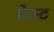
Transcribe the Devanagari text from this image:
टेस्‍ट